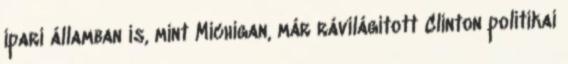
ipari államban is, mint Michigan, már rávilágított Clinton politikai